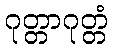
ဂုတ္တာဂုတ္တံ